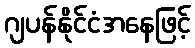
ဂျပန်နိုင်ငံအနေဖြင့်